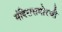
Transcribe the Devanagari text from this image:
मंदिरासमोरची